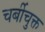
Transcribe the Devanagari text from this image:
चर्बीचुक्त